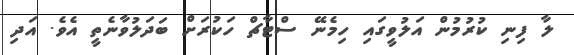
ލާ ފިނި ކުރުމުން އަލުވީގައި ހިމެނޭ ސްޓާޗް ހަކުރަށް ބަދަލުވާނެތީ އެވެ. އަދި